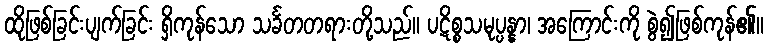
ထိုဖြစ်ခြင်းပျက်ခြင်း ရှိကုန်သော သင်္ခတတရားတို့သည်။ ပဋိစ္စသမုပ္ပန္နာ၊ အကြောင်းကို စွဲ၍ဖြစ်ကုန်၏။